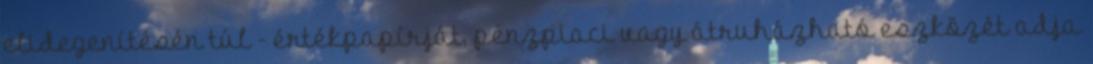
elidegenítésén túl - értékpapírját, pénzpiaci vagy átruházható eszközét adja